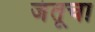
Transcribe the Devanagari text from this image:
जंतूचा